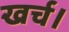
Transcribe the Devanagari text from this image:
खर्च।